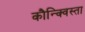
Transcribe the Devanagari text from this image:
कौन्क्विस्ता